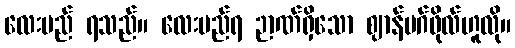
လေးမည် ရသည်။ လေးမည်ရ ဉာဏ်ရှိသော ဈာန်မဂ်ဖိုလ်ဟူလို။